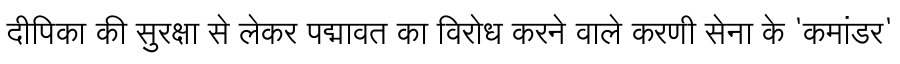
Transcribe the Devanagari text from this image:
दीपिका की सुरक्षा से लेकर पद्मावत का विरोध करने वाले करणी सेना के 'कमांडर'